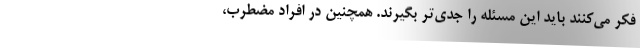
فکر می‌کنند باید این مسئله را جدی‌تر بگیرند. همچنین در افراد مضطرب،